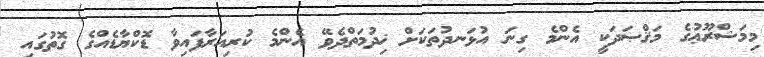
މިމަޝްރޫޢުގެ މަޤްޞަދަކީ އެންމެ ގިނަ އުޅަނދުތަކަށް ޚިދުމަތްދެވޭ އެންމެ ކުރިއަރާފައިވާ ޑޮކްޔާޑެއްގެ ގޮތުގައި